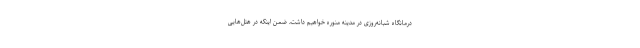
درمانگاه شبانه‌روزی در مدینه منوره خواهیم داشت، ضمن اینکه در هتل‌هایی